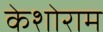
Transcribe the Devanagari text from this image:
केशोराम